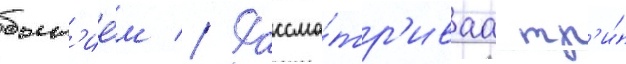
быт'ие́м // Рассма́тр'иваа тр'и́